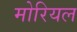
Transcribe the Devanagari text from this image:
मोरियल